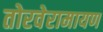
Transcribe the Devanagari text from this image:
तोरवेरामायण